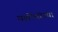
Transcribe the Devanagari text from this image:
यशोधरेच्या